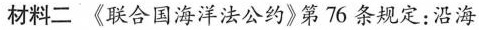
材料二《联合国海洋法公约》第76条规定：沿海